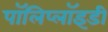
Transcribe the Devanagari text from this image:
पॉलिप्लॉइडी